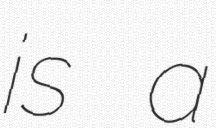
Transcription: is a